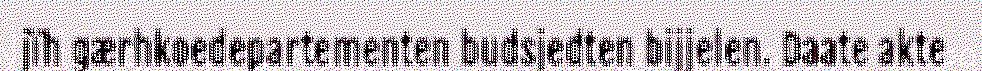
jïh gærhkoedepartementen budsjedten bijjelen. Daate akte